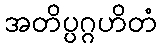
အတိပ္ပဂ္ဂဟိတံ